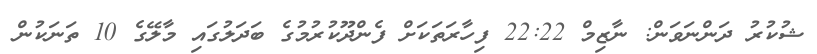
ޝުކުރު ދަންނަވަން: ނާޒިމް 22:22 ފިހާރަތަކަށް ފެންދޫކުރުމުގެ ބަދަލުގައި މާލޭގެ 10 ތަނަކުން